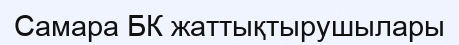
Самара БК жаттықтырушылары